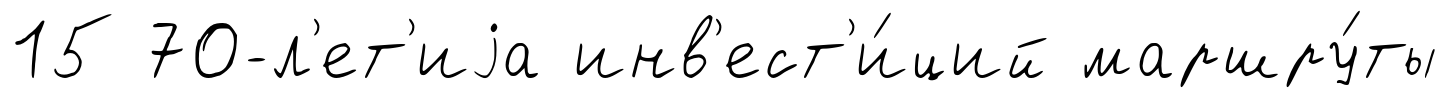
15 70-л'ет'иjа инв'ест'и́ций маршру́ты